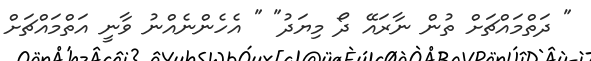
" ދަތްމައްޗަށް ތުން ނާރައޭ ދޯ މިޔަދު" " އެހެންނެއްނު ވާނީ އަތްމައްޗަށް